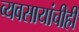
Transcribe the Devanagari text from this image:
व्यवसायांचीही